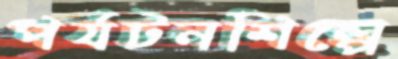
পর্যটনশিল্পে